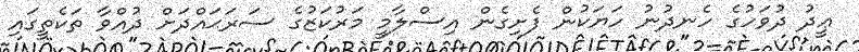
ޢީދު ދުވަހުގެ ހެނދުނު ހަޔަކުން ފެށިގެން އިސްލާމީ މަރުކަޒުގެ ސަރަޙައްދަށް ދުއްވާ ތަކެތީގައި